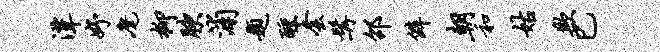
潭妤麾柳腴浦题醺套髯邵僻朝和姑欺巳